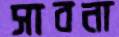
সাবনা